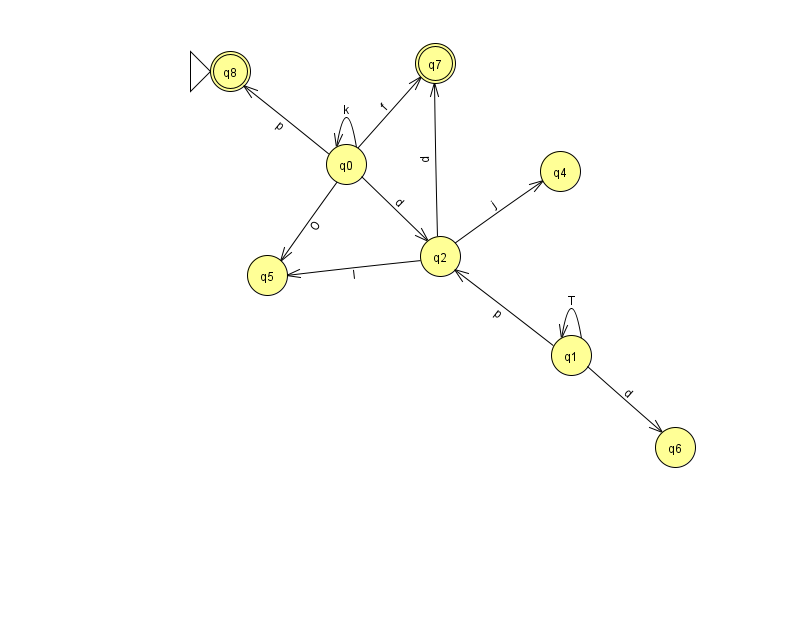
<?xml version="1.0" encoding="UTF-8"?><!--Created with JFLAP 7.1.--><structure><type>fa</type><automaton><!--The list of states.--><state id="0" name="q0"><x>346.0</x><y>151.0</y></state><state id="1" name="q1"><x>571.0</x><y>342.0</y></state><state id="2" name="q2"><x>440.0</x><y>243.0</y></state><state id="4" name="q4"><x>560.0</x><y>158.0</y></state><state id="5" name="q5"><x>267.0</x><y>262.0</y></state><state id="6" name="q6"><x>675.0</x><y>434.0</y></state><state id="7" name="q7"><x>435.0</x><y>50.0</y><final/></state><state id="8" name="q8"><x>230.0</x><y>58.0</y><initial/><final/></state><!--The list of transitions.--><transition><from>0</from><to>7</to><read>f</read></transition><transition><from>1</from><to>1</to><read>T</read></transition><transition><from>1</from><to>2</to><read>p</read></transition><transition><from>2</from><to>5</to><read>l</read></transition><transition><from>0</from><to>5</to><read>O</read></transition><transition><from>0</from><to>2</to><read>d</read></transition><transition><from>0</from><to>0</to><read>k</read></transition><transition><from>1</from><to>6</to><read>d</read></transition><transition><from>0</from><to>8</to><read>p</read></transition><transition><from>2</from><to>4</to><read>j</read></transition><transition><from>2</from><to>7</to><read>p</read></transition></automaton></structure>